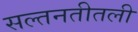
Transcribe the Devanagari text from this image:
सल्तनतीतली